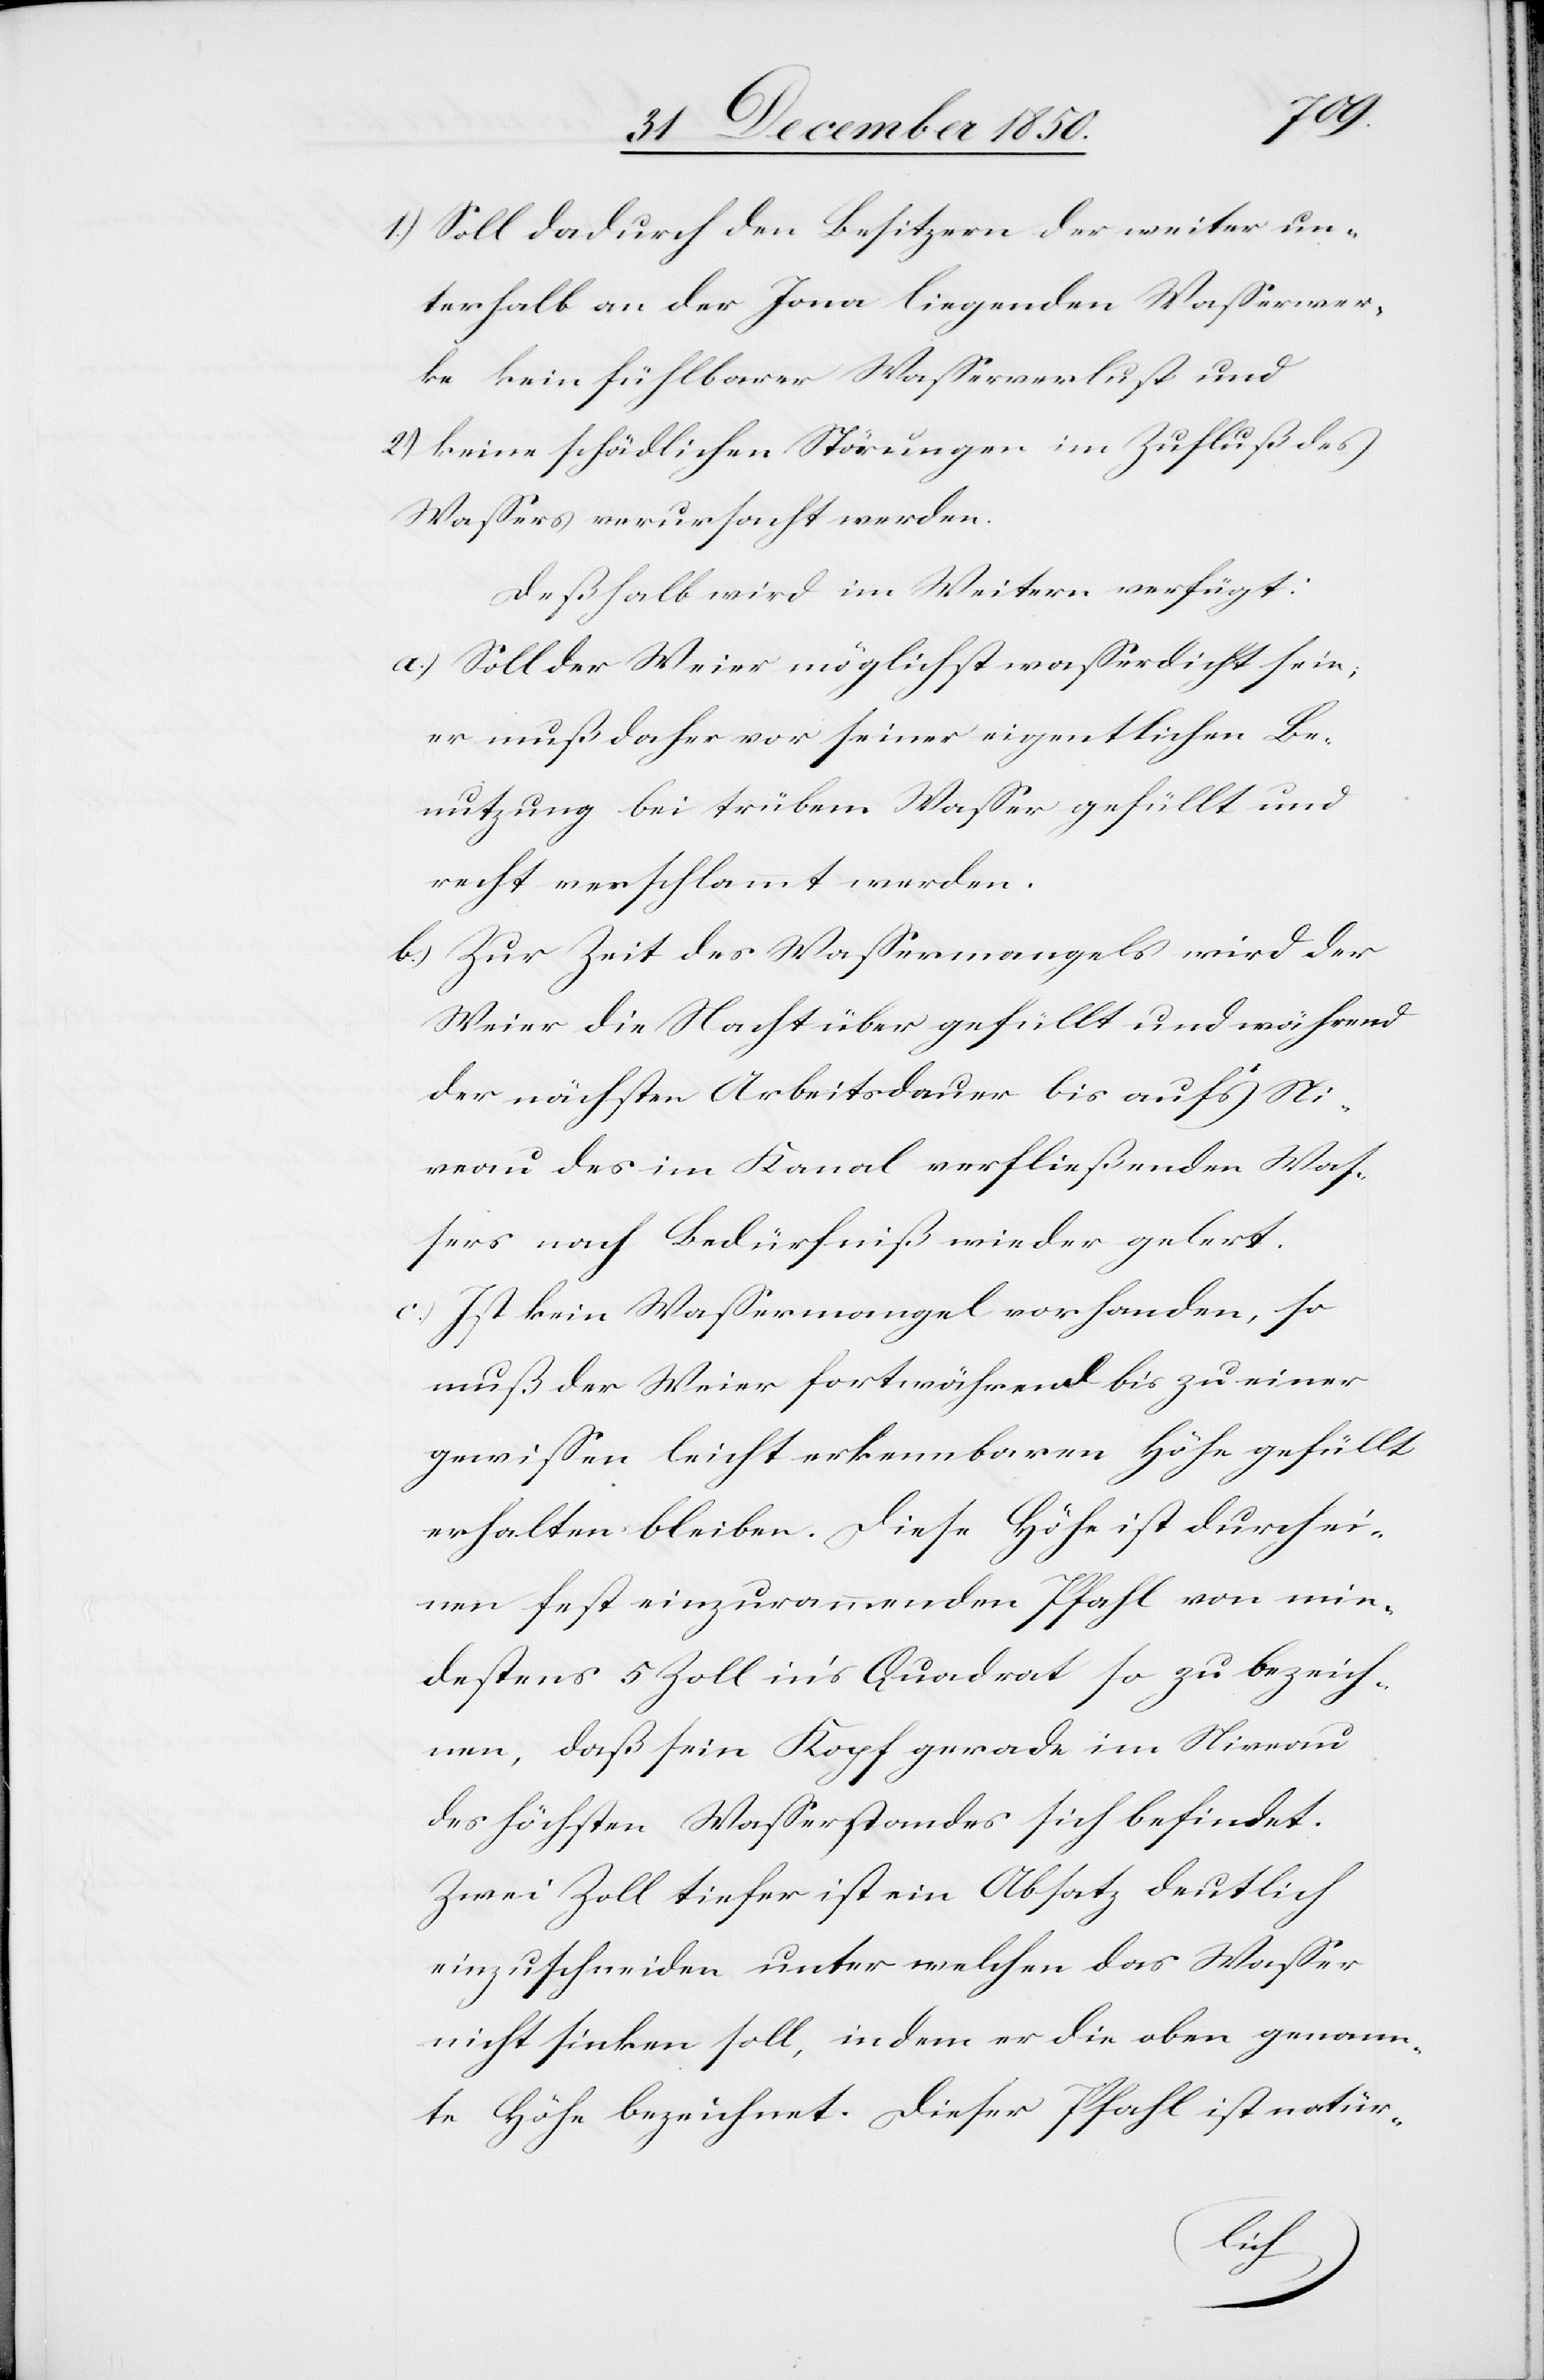
1.) Soll dadurch den Besitzern der weiter un¬
terhalb an der Jona liegenden Wasserwer¬
ke kein fühlbarer Wasserverlust und
2) keine schädlichen Störungen im Zufluß des
Wassers verursacht werden.
Deßhalb wird im Weitern verfügt:
a.) Soll der Weier möglichst wasserdicht sein;
er muß daher vor seiner eigentlichen Be¬
nutzung bei trübem Wasser gefüllt und
recht verschlammt werden.
b.) Zur Zeit des Wassermangels wird der
Weier die Nacht über gefüllt und während
der nächsten Arbeitsdauer bis auf’s Ni¬
veau des im Kanal verfließenden Was¬
sers nach Bedürfniß wieder gelert.
c.) Ist kein Wassermangel vorhanden, so
muß der Weier fortwährend bis zu einer
gewissen leicht erkennbaren Höhe gefüllt
erhalten bleiben. Diese Höhe ist durch ei¬
nen fest einzurammenden Pfahl von min¬
destens 5 Zoll in’s Quadrat so zu bezeich¬
nen, daß ein Kopf gerade im Niveau
des höchsten Wasserstandes sich befindet.
Zwei Zoll tiefer ist ein Absatz deutlich
einzuschneiden unter welchen das Wasser
nicht sinken soll, indem er die oben genann¬
te Höhe bezeichnet. Dieser Pfahl ist natür-